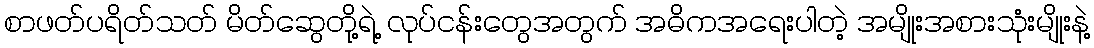
စာဖတ်ပရိတ်သတ် မိတ်ဆွေတို့ရဲ့ လုပ်ငန်းတွေအတွက် အဓိကအရေးပါတဲ့ အမျိုးအစားသုံးမျိုးနဲ့